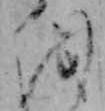
を